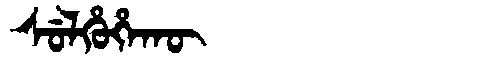
Manchu: ᠰᡠᠯᡥᡠᡥᠠᡴᡡ
Romanization: SULHUHAKŪ